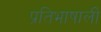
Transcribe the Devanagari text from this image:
प्रतिभाषाली